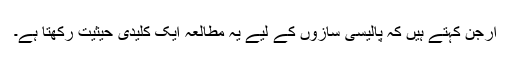
ارجن کہتے ہیں کہ پالیسی سازوں کے لیے یہ مطالعہ ایک کلیدی حیثیت رکھتا ہے۔